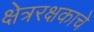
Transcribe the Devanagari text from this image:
क्षेत्ररक्षकाचे